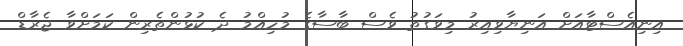
އިނިއެސްޓާއަށް އަނިޔާވިއިރު މިވަގުތު ވެސް ބާސާގެ މުހިއްމު ދެ ކުޅުންތެރިން ކަމަށްވާ ޖެރާޑް